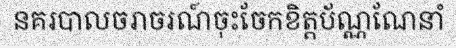
នគរបាលចរាចរណ៍ចុះចែកខិត្តប័ណ្ណណែនាំ